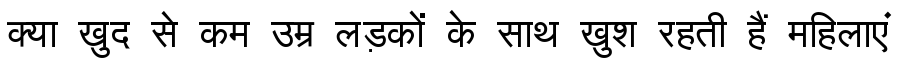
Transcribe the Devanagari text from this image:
क्या खुद से कम उम्र लड़कों के साथ खुश रहती हैं महिलाएं